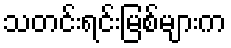
သတင်းရင်းမြစ်များက